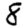
Digit: 8